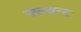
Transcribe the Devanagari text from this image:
फ्ल्यन्ट